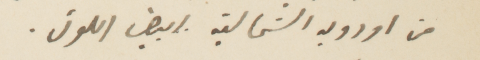
من اوروبه الشمالية ابيض اللون.